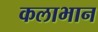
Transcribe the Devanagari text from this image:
कलाभान